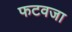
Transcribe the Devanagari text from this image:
फटवजा